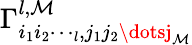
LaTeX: \Gamma_{i_{1}i_{2}\dotsi_{l},j_{1}j_{2}\dotsj_{\mathcal{M}}}^{l,\mathcal{M}}